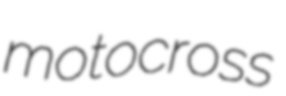
motocross